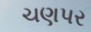
ચણપર